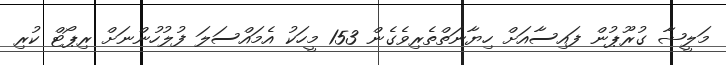
މަލީޝާ ގުރޫޕުން ފައިސާއަށް ހިޔާނަތްތެރިވެގެން 153 މީހަކު އެމައްސަލަ ފުލުހުންނަށް ރިޕޯޓް ކުރި